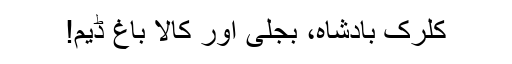
کلرک بادشاہ، بجلی اور کالا باغ ڈیم!